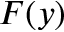
F ( y )